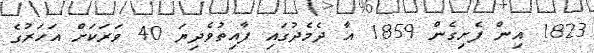
1823 އިން ފެށިގެން 1859 އާ ދެމެދުގައި ފާއިތުވެދިޔަ 40 ވަރަކަށް އަހަރުގެ